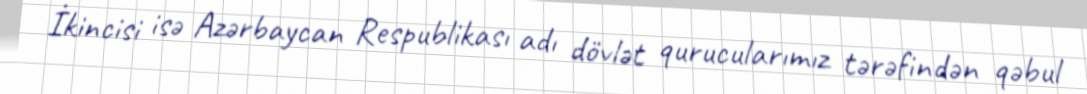
İkincisi isə Azərbaycan Respublikası adı dövlət qurucularımız tərəfindən qəbul